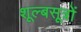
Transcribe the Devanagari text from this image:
शूल्बसूत्रों